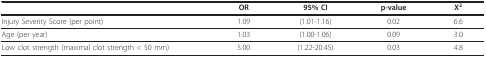
<table><thead><tr><td></td><td><b>OR</b></td><td><b>95% CI</b></td><td><b>p-value</b></td><td><b>X<sup>2</sup></b></td></tr></thead><tbody><tr><td>Injury Severity Score (per point)</td><td>1.09</td><td>(1.01-1.16)</td><td>0.02</td><td>6.6</td></tr><tr><td>Age (per year)</td><td>1.03</td><td>(1.00-1.06)</td><td>0.09</td><td>3.0</td></tr><tr><td>Low clot strength (maximal clot strength &lt; 50 mm)</td><td>5.00</td><td>(1.22-20.45)</td><td>0.03</td><td>4.8</td></tr></tbody></table>